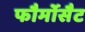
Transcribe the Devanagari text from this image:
फौर्मोसैट